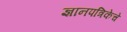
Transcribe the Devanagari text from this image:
ज्ञानपत्रिकेचे